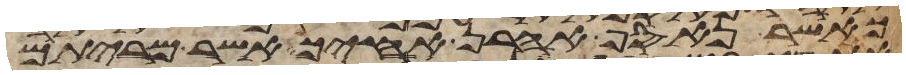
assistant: כאשר נאסף אהרן אחיך אשר מריתם